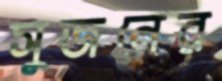
সুজনের